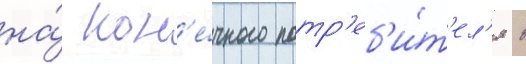
на́ кон'е́чного потр'еб'и́т'ел'я в